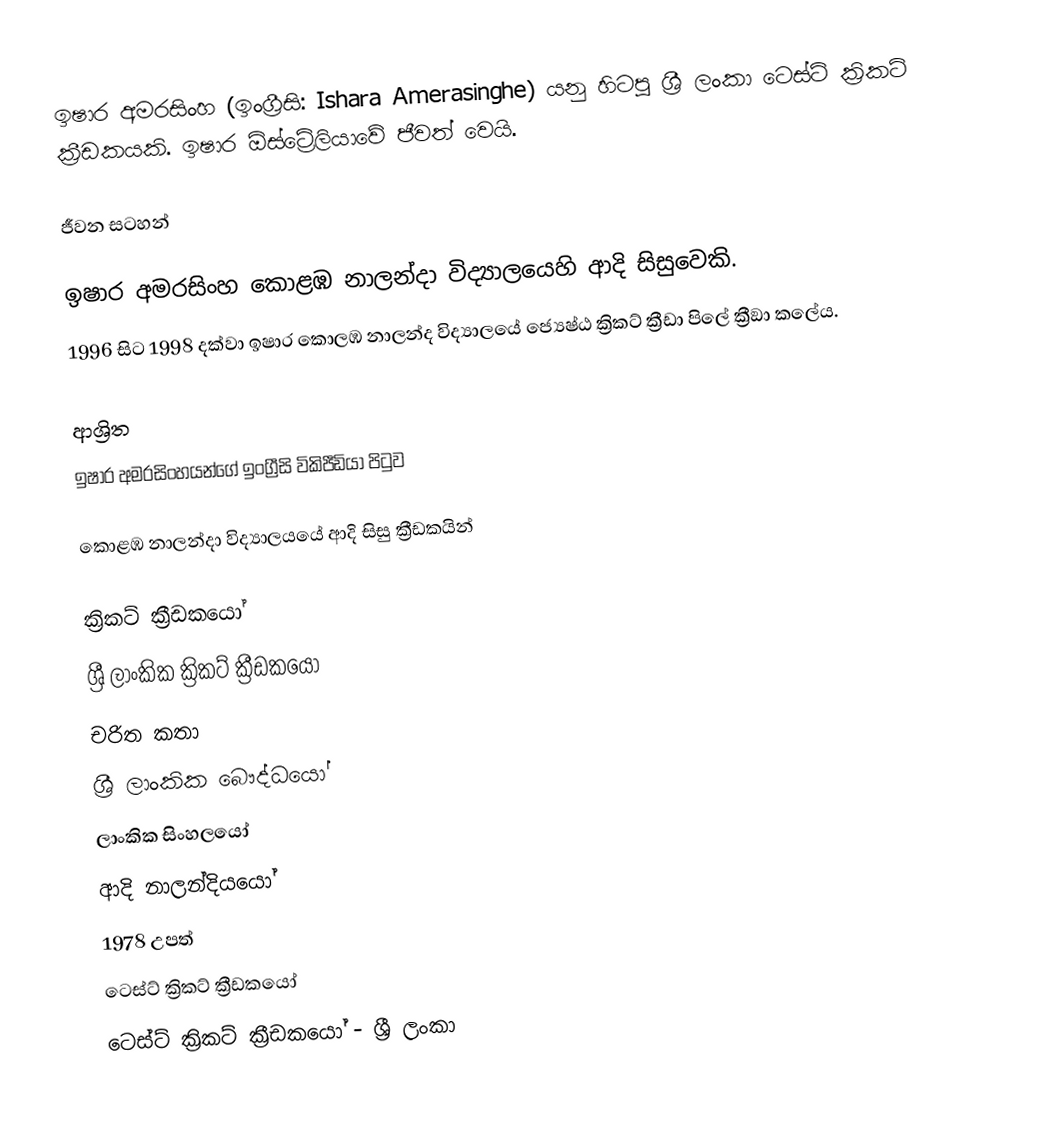
ඉෂාර අමරසිංහ (ඉංග්‍රීසි: Ishara Amerasinghe) යනු හිටපු ශ්‍රී ලංකා ටෙස්ට් ක්‍රිකට් ක්‍රීඩකයකි. ඉෂාර ඕස්ට්‍රේලියාවේ ජීවත් වෙයි.

ජීවන සටහන්

ඉෂාර අමරසිංහ  කොළඹ නාලන්දා විද්‍යා‍ලයෙහි ආදි සිසුවෙකි.
1996 සිට 1998 දක්වා ඉෂාර කොලඹ නාලන්ද  විද්‍යාලයේ  ජ්‍යෙෂ්ඨ ක්‍රිකට් ක්‍රීඩා පිලේ ක්‍රීඞා කලේය.

ආශ්‍රිත
ඉෂාර අමරසිංහයන්ගේ ඉංග්‍රීසි විකිපීඩියා පිටුව

කොළඹ නාලන්දා විද්‍යාලයයේ ආදි සිසු ක්‍රීඩකයින්

ක්‍රිකට් ක්‍රීඩකයෝ
ශ්‍රී ලාංකික ක්‍රිකට් ක්‍රීඩකයෝ
චරිත කතා
ශ්‍රී ලාංකික බෞද්ධයෝ
ලාංකික සිංහලයෝ
ආදි නාලන්දියයෝ
1978 උපත්
ටෙස්ට් ක්‍රිකට් ක්‍රීඩකයෝ
ටෙස්ට් ක්‍රිකට් ක්‍රීඩකයෝ - ශ්‍රී ලංකා